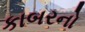
કાબરનો